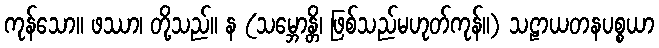
ကုန်သော။ ဖဿာ၊ တို့သည်။ န (သမ္ဘောန္တိ၊ ဖြစ်သည်မဟုတ်ကုန်။) သဠာယတနပစ္စယာ